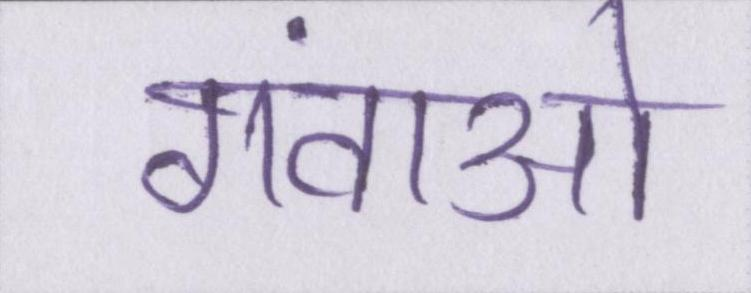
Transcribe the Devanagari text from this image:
गंवाओ